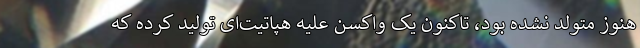
هنوز متولد نشده بود، تاکنون یک واکسن علیه هپاتیتِ‌ای تولید کرده که